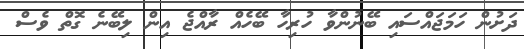
ދަށުން ހަމަޖައްސައި ބޭނުންވާ ހުރިހާ ބޭހެއް ރާއްޖެ އިން ލިބޭނެ ގޮތް ވެސް